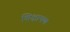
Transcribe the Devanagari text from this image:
शिक्षापण